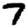
Digit: 7